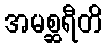
အမစ္ဆရီတိ